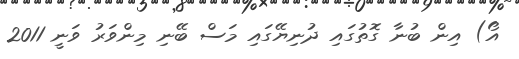
އޯ) އިން ބުނާ ގޮތުގައި ދުނިޔޭގައި މަސް ބޭނި މިންވަރު ވަނީ 2011